Report on vaccination North-West Frontier Province 1904-1922 - 1904-1922
Year: 1904
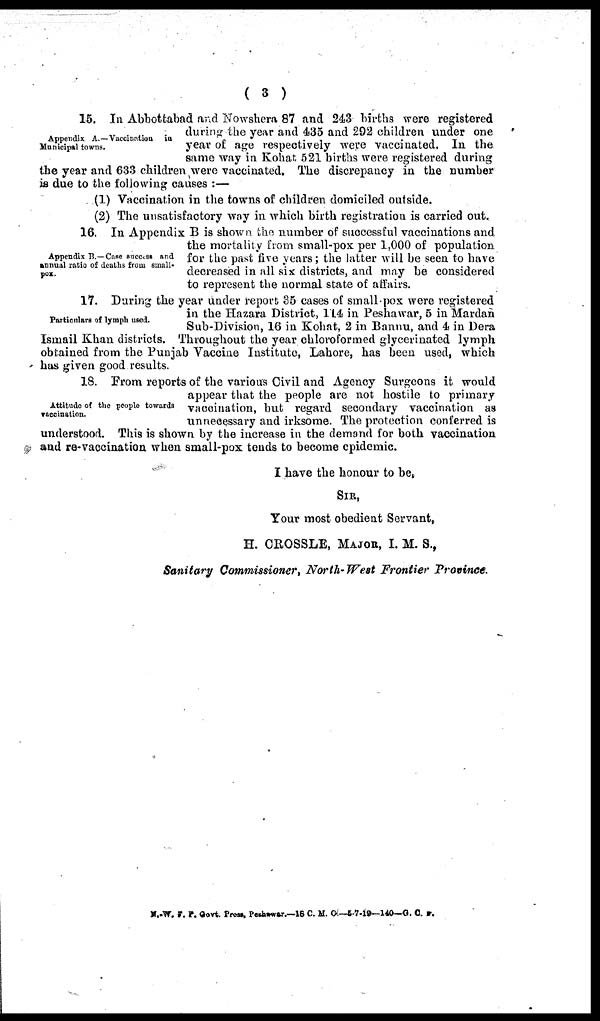
( 3 )
Appendix A.—Vaccination in
Municipal towns.
15. In Abbottabad and Nowshera 87 and 243 births were registered
during the year and 435 and 292 children under one
year of age respectively were vaccinated. In the
same way in Kohat 521 births were registered during
the year and 633 children were vaccinated. The discrepancy in the number
is due to the following causes :—
(1) Vaccination in the towns of children domiciled outside.
(2) The unsatisfactory way in which birth registration is carried out.
Appendix B.—Case success and
annual ratio of deaths from small¬
pox.
16. In Appendix B is shown the number of successful vaccinations and
the mortality from small-pox per 1,000 of population
for the past five years; the latter will be seen to have
decreased in all six districts, and may be considered
to represent the normal state of affairs.
Particulars of lymph used.
17. During the year under report 35 cases of small-pox were registered
in the Hazara District, 114 in Peshawar, 5 in Mardan
Sub-Division, 16 in Kohat, 2 in Bannu, and 4 in Dera
Ismail Khan districts. Throughout the year chloroformed glycerinated lymph
obtained from the Punjab Vaccine Institute, Lahore, has been used, which
has given good results.
Attitude of the people towards
vaccination.
18. From reports of the various Civil and Agency Surgeons it would
appear that the people are not hostile to primary
vaccination, but regard secondary vaccination as
unnecessary and irksome. The protection conferred is
understood. This is shown by the increase in the demand for both vaccination
and re-vaccination when small-pox tends to become epidemic.
I have the honour to be,
SIR,
Your most obedient Servant,
H. CROSSLE, MAJOR, I. M. S.,
Sanitary Commissioner, North-West Frontier Province.
N.-W. F. P. Govt. Press, Peshawar.—18 C. M. C—5-7-19—140—G. C. F.